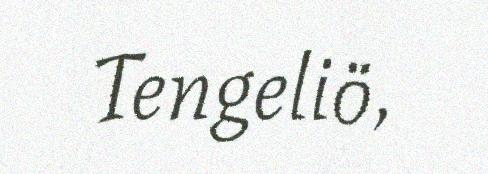
Tengeliö,